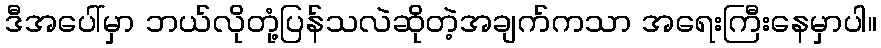
ဒီအပေါ်မှာ ဘယ်လိုတုံ့ပြန်သလဲဆိုတဲ့အချက်ကသာ အရေးကြီးနေမှာပါ။